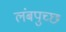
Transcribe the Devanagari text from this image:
लंबपुच्छ